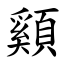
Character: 䫣